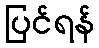
ပြင်ရန်